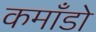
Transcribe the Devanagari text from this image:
कमाँडो